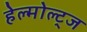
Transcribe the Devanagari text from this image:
हेल्मोल्ट्ज